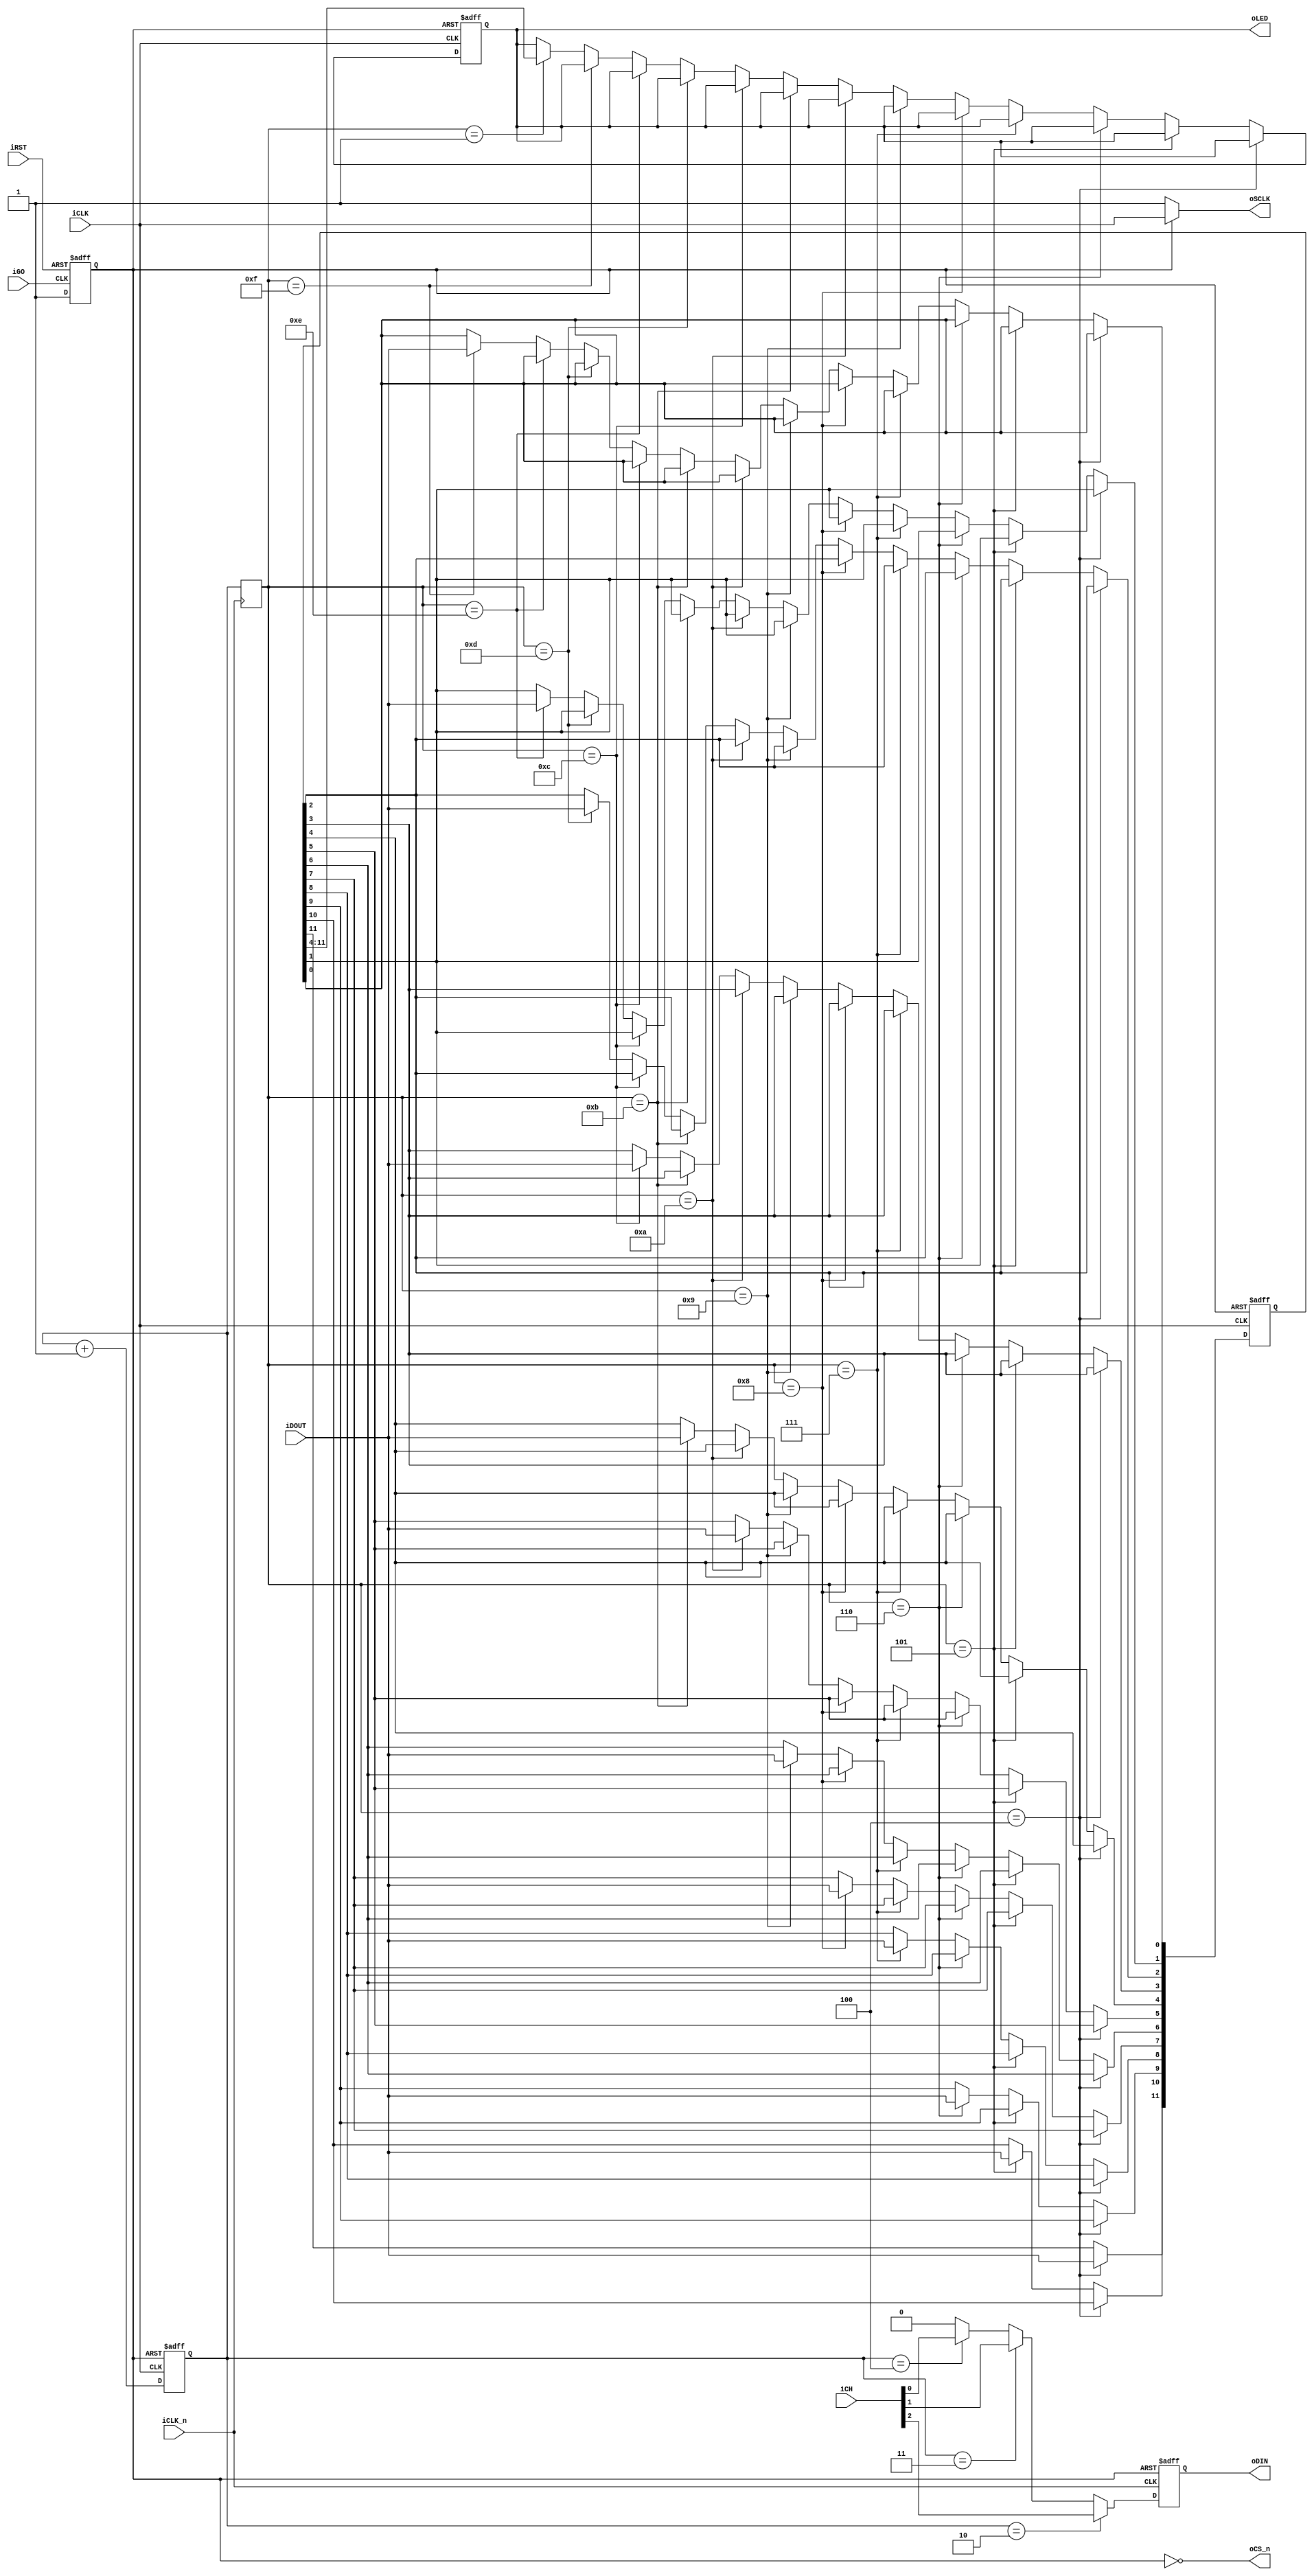
module ADC_CTRL	(	
					iRST,
					iCLK,
					iCLK_n,
					iGO,
					iCH,
					oLED,
					
					oDIN,
					oCS_n,
					oSCLK,
					iDOUT
				);
					
input				iRST;
input				iCLK;
input				iCLK_n;
input				iGO;
input	[2:0]		iCH;
output	[7:0]		oLED;

output				oDIN;
output				oCS_n;
output				oSCLK;
input				iDOUT;

reg					data;
reg					go_en;
wire	[2:0]		ch_sel;
reg					sclk;
reg		[3:0]		cont;
reg		[3:0]		m_cont;
reg		[11:0]		adc_data;
reg		[7:0]		led;

assign	oCS_n		=	~go_en;
assign	oSCLK		=	(go_en)? iCLK:1;
assign	oDIN		=	data;
assign	ch_sel		=	iCH;
assign	oLED		=	led;

always@(posedge iGO or negedge iRST)
begin
	if(!iRST)
		go_en	<=	0;
	else
	begin
		if(iGO)
			go_en	<=	1;
	end
end

always@(posedge iCLK or negedge go_en)
begin
	if(!go_en)
		cont	<=	0;
	else
	begin
		if(iCLK)
			cont	<=	cont + 1;
	end
end

always@(posedge iCLK_n)
begin
	if(iCLK_n)
		m_cont	<=	cont;
end

always@(posedge iCLK_n or negedge go_en)
begin
	if(!go_en)
		data	<=	0;
	else
	begin
		if(iCLK_n)
		begin
			if (cont == 2)
				data	<=	iCH[2];
			else if (cont == 3)
				data	<=	iCH[1];
			else if (cont == 4)
				data	<=	iCH[0];
			else
				data	<=	0;
		end
	end
end

always@(posedge iCLK or negedge go_en)
begin
	if(!go_en)
	begin
		adc_data	<=	0;
		led			<=	8'h00;
	end
	else
	begin
		if(iCLK)
		begin
			if (m_cont == 4)
				adc_data[11]	<=	iDOUT;
			else if (m_cont == 5)
				adc_data[10]	<=	iDOUT;
			else if (m_cont == 6)
				adc_data[9]		<=	iDOUT;
			else if (m_cont == 7)
				adc_data[8]		<=	iDOUT;
			else if (m_cont == 8)
				adc_data[7]		<=	iDOUT;
			else if (m_cont == 9)
				adc_data[6]		<=	iDOUT;
			else if (m_cont == 10)
				adc_data[5]		<=	iDOUT;
			else if (m_cont == 11)
				adc_data[4]		<=	iDOUT;
			else if (m_cont == 12)
				adc_data[3]		<=	iDOUT;
			else if (m_cont == 13)
				adc_data[2]		<=	iDOUT;
			else if (m_cont == 14)
				adc_data[1]		<=	iDOUT;
			else if (m_cont == 15)
				adc_data[0]		<=	iDOUT;
			else if (m_cont == 1)
				led	<=	adc_data[11:4];
		end
	end
end

endmodule